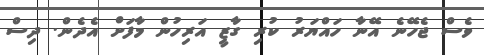
ވެސް ޖެހޭނެ އޭނާ ހައްޔަރު ކުރި ގާޒީ އަރިހުން މާފަށް އެދެން. ދިސް